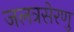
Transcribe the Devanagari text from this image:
जलत्रसेरणु